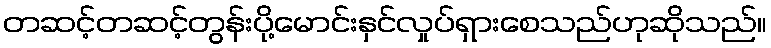
တဆင့်တဆင့်တွန်းပို့မောင်းနှင်လှုပ်ရှားစေသည်ဟုဆိုသည်။